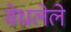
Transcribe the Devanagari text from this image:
वेधलेले